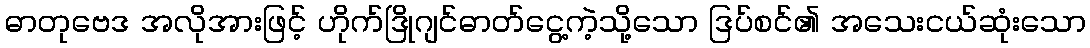
ဓာတုဗေဒ အလိုအားဖြင့် ဟိုက်ဒြိုဂျင်ဓာတ်ငွေ့ကဲ့သို့သော ဒြပ်စင်၏ အသေးငယ်ဆုံးသော